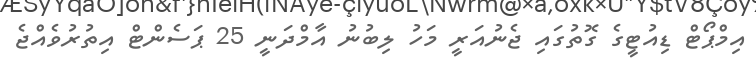
އިމްޕޯޓް ޑިއުޓީގެ ގޮތުގައި ޖެނުއަރީ މަހު ލިބުނު އާމްދަނީ 25 ޕަސެންޓް އިތުރުވެއްޖެ